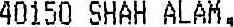
40150 SHAH ALAM,